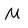
Character: M